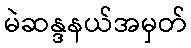
မဲဆန္ဒနယ်အမှတ်